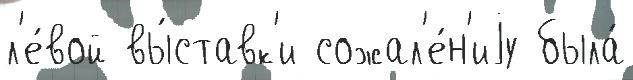
л'е́вой вы́ставк'и сожал'е́н'иjу была́